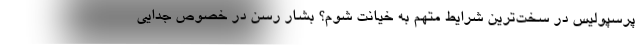
پرسپولیس در سخت‌ترین شرایط‌ متهم به خیانت شوم؟ بشار رسن در خصوص جدایى